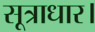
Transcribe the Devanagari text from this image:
सूत्राधार।